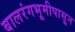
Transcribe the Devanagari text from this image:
बालरंगभूमीपासून